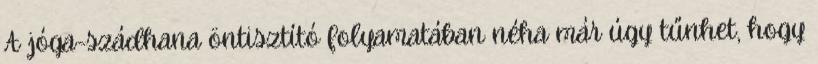
A jóga-szádhana öntisztító folyamatában néha már úgy tűnhet, hogy